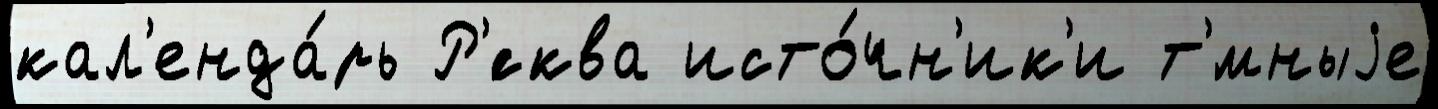
кал'енда́рь Р'́сква исто́чн'ик'и т'́мныjе